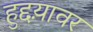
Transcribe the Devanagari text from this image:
हुद्दय़ावर